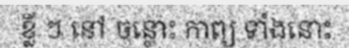
ខ្លី ៗ នៅ ចន្លោះ កាព្យ ទាំងនោះ